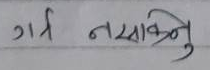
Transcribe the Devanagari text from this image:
गर्न नसक्नु